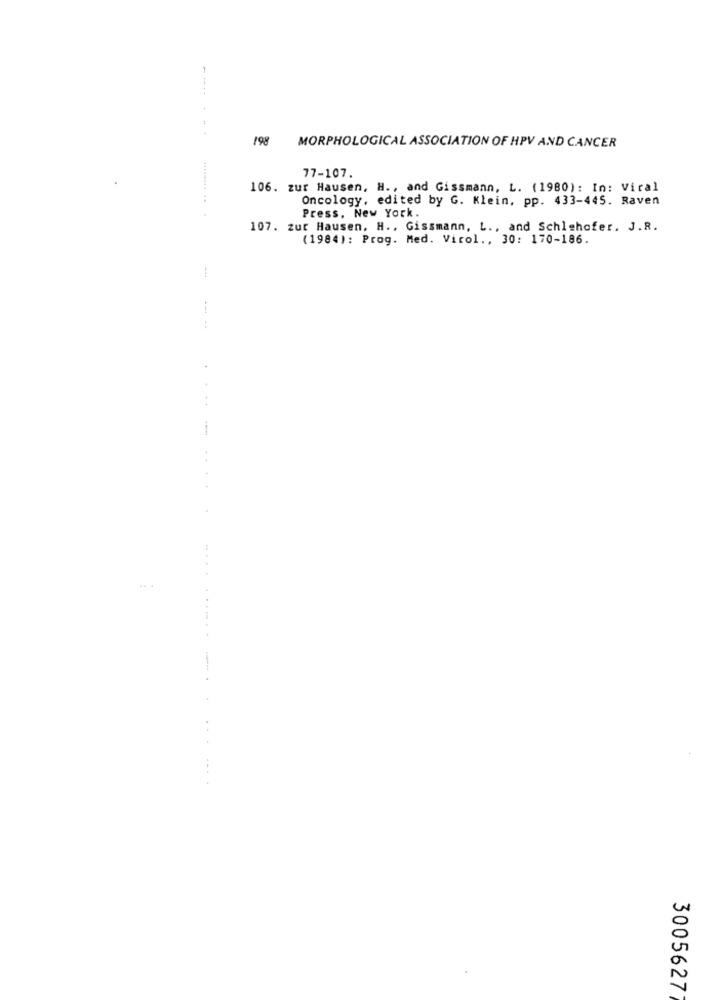
-.......
198
MORPHOLOGICAL ASSOCIATION OF HPV AND CANCER
77-107.
106. zur Hausen, H ., and Gissmann, L. (1980): In: Viral
Oncology, edited by G. Klein, pp. 433-445. Raven
Press, New York.
107. zur Hausen, H ., Gissmann, L ., and Schlehofer. J.R.
(1984): Prog. Med. Virol ., 30: 170-186.
:
... ....
3005627